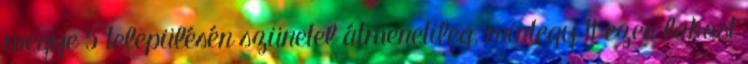
megye 5 településén szünetel átmenetileg, mintegy 11 ezer lakost